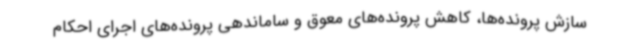
سازش پرونده‌ها، کاهش پرونده‌های معوق و ساماندهی پرونده‌های اجرای احکام